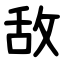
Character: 敌